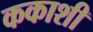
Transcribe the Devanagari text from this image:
ककाशी